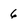
Character: 6